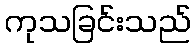
ကုသခြင်းသည်